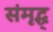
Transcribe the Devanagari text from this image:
संमृद्ध्